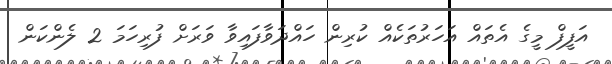
އަފީފް މީގެ އެތައް އަހަރުތަކެއް ކުރިން ހައްދަވާފައިވާ ވަރަށް ފުރިހަމަ 2 ލެންކަން